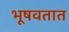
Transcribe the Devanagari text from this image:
भूषवतात